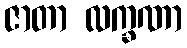
ဇာတာ လက္ခဏာ